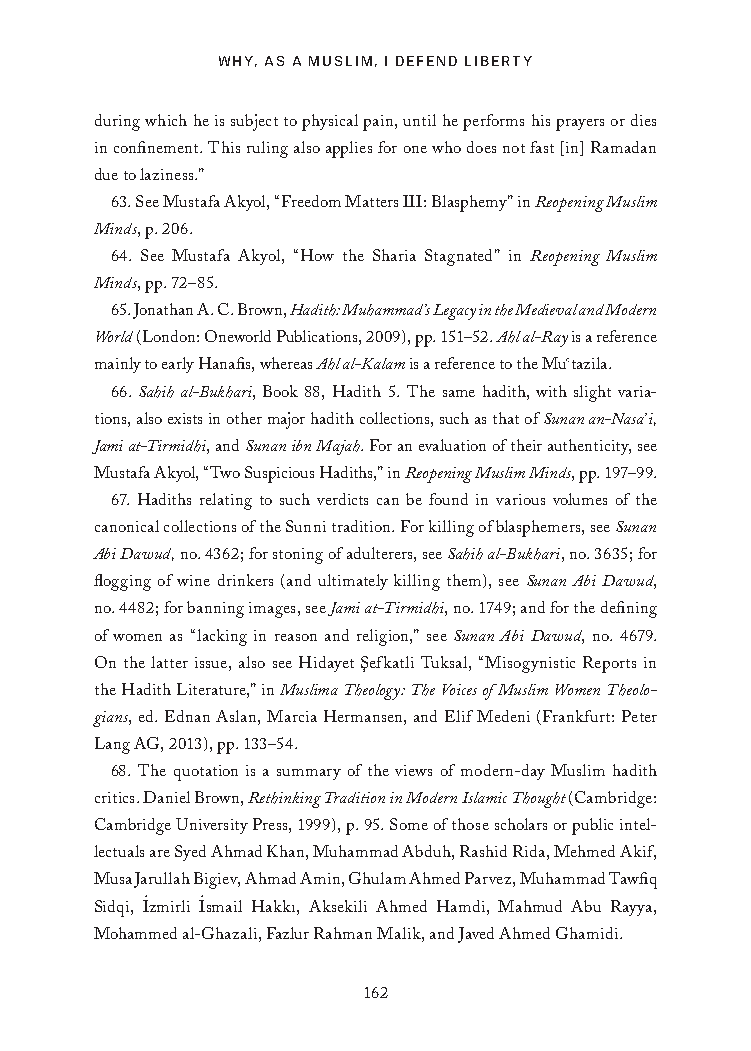
WHY, AS A MUSLIM, I DEFEND LIBERTY
 during which he is subject to physical pain, until he performs his prayers or dies
 in confinement. This ruling also applies for one who does not fast [in] Ramadan
 due to laziness.”
 63. See Mustafa Akyol, “Freedom Matters III: Blasphemy” in Reopening Muslim
 Minds, p. 206.
 64. See Mustafa Akyol, “How the Sharia Stagnated” in Reopening Muslim
 Minds, pp. 72–85.
 65. Jonathan A. C. Brown, Hadith: Muhammad’s Legacy in the Medieval and Modern
 World (London: Oneworld Publications, 2009), pp. 151–52. Ahl al-Ray is a reference
 mainly to early Hanafis, whereas Ahl al-Kalam is a reference to the Mu‛tazila.
 66. Sahih al-Bukhari, Book 88, Hadith 5. The same hadith, with slight varia-
 tions, also exists in other major hadith collections, such as that of Sunan an-Nasa’i,
 Jami at-Tirmidhi, and Sunan ibn Majah. For an evaluation of their authenticity, see
 Mustafa Akyol, “Two Suspicious Hadiths,” in Reopening Muslim Minds, pp. 197–99.
 67. Hadiths relating to such verdicts can be found in various volumes of the
 canonical collections of the Sunni tradition. For killing of blasphemers, see Sunan
 Abi Dawud, no. 4362; for stoning of adulterers, see Sahih al-Bukhari, no. 3635; for
 flogging of wine drinkers (and ultimately killing them), see Sunan Abi Dawud,
 no. 4482; for banning images, see Jami at-Tirmidhi, no. 1749; and for the defining
 of women as “lacking in reason and religion,” see Sunan Abi Dawud, no. 4679.
 On the latter issue, also see Hidayet S¸efkatli Tuksal, “Misogynistic Reports in
 the Hadith Literature,” in Muslima Theology: The Voices of Muslim Women Theolo-
 gians, ed. Ednan Aslan, Marcia Hermansen, and Elif Medeni (Frankfurt: Peter
 Lang AG, 2013), pp. 133–54.
 68. The quotation is a summary of the views of modern-day Muslim hadith
 critics. Daniel Brown, Rethinking Tradition in Modern Islamic Thought (Cambridge:
 Cambridge University Press, 1999), p. 95. Some of those scholars or public intel-
 lectuals are Syed Ahmad Khan, Muhammad Abduh, Rashid Rida, Mehmed Akif,
 Musa Jarullah Bigiev, Ahmad Amin, Ghulam Ahmed Parvez, Muhammad Tawfiq
 .   .
 Sidqi, Izmirli Ismail Hakkı, Aksekili Ahmed Hamdi, Mahmud Abu Rayya,
 Mohammed al-Ghazali, Fazlur Rahman Malik, and Javed Ahmed Ghamidi.
 162
 25320_Ch12_Notes.indd 162              24/06/2021 10:34 AM